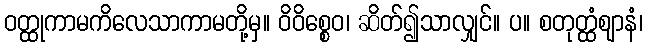
ဝတ္ထုကာမကိလေသာကာမတို့မှ။ ဝိဝိစ္စေဝ၊ ဆိတ်၍သာလျှင်။ ပ။ စတုတ္ထံဈာနံ၊